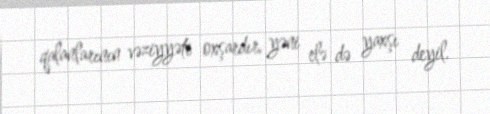
qalanlarının vəziyyəti oxşardır, yəni elə də yaxşı deyil.